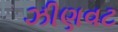
ઝીણવટ